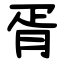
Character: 胥